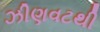
ઝીણવટથી